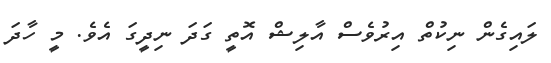
ލައިގެން ނިކުތް އިރުވެސް އާލިޝް އޮތީ ގަދަ ނިދީގަ އެވެ. މީ ހާދަ